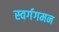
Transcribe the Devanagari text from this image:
स्वर्गगमन